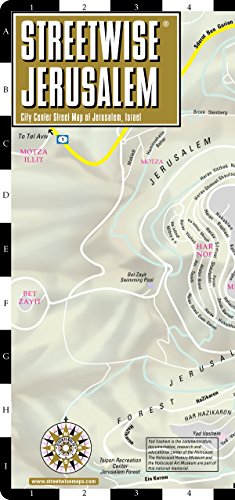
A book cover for Streetwise Jerusalem Map - Laminated City Center Street Map of Jerusalem, Israel - Folding pocket size travel map; Streetwise Maps; Reference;